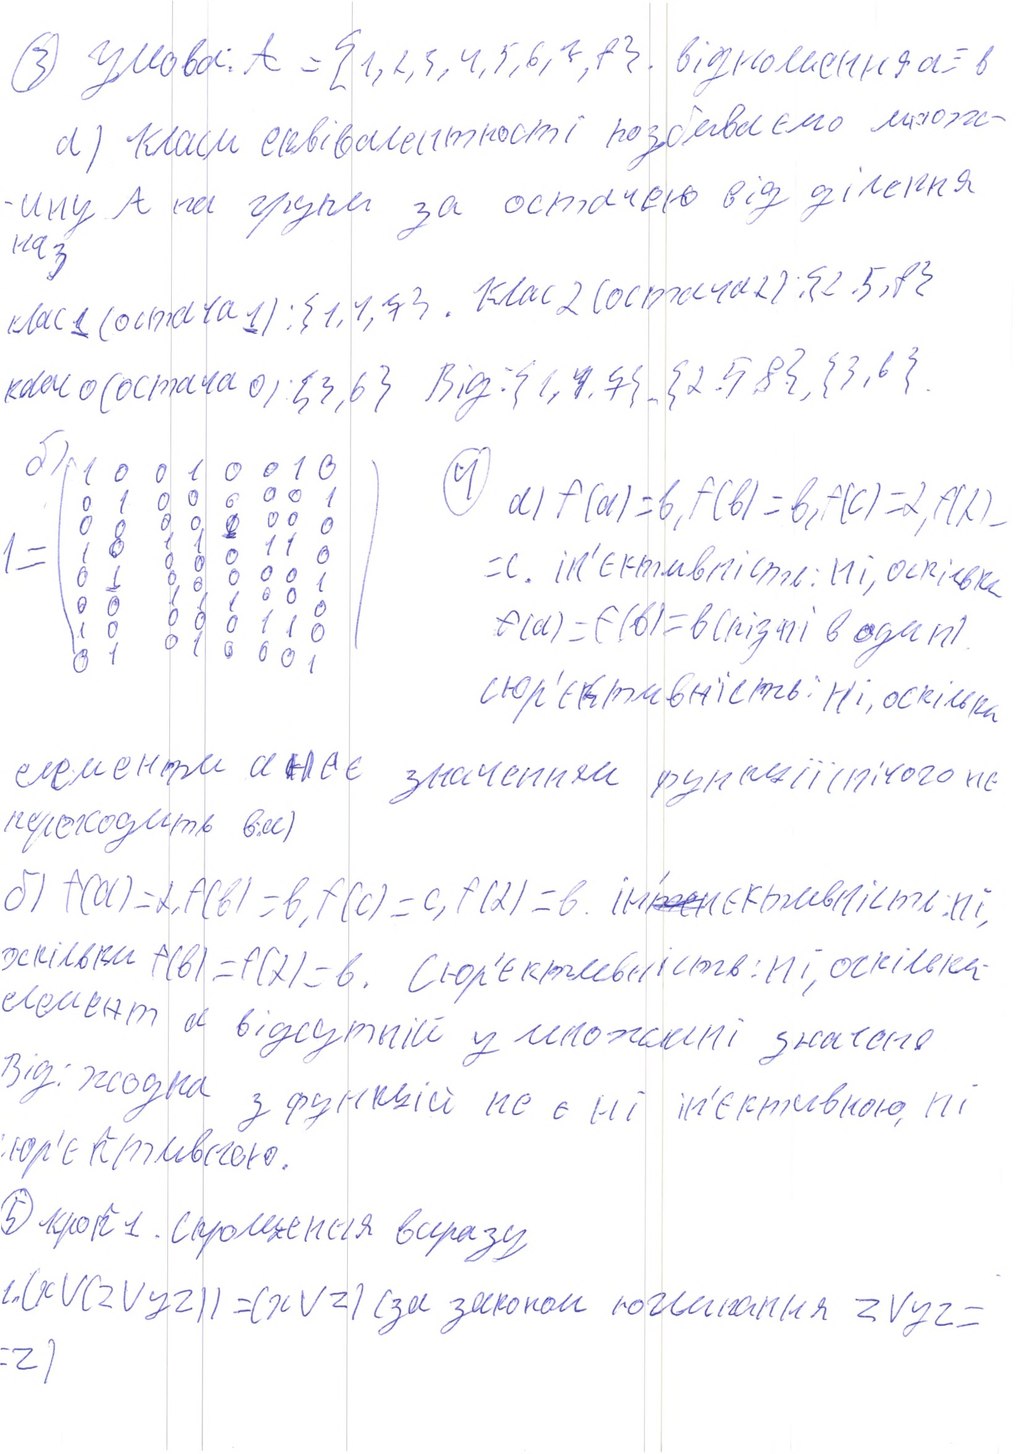
3) Умова: A = {1, 2, 3, 4, 5, 6, 7, 8}. Відхилення a = в
а) класи еквівалентності розбиваємо множ-
-ину А на групи за остачею від ділення наз
клас 1 (остача 1): {1, 4, 7}. клас 2 (остача 2): {2, 5, 8}
клас 0 (остача 0), { 3, 6 }   Від { 1, 4, 7},  { 2, 5, 8},  { 3, 6}
б) 1 = (1 0 0 0 1 0 1 0| 0 1 0 1| 0 1 0 0 0| 1 0 1 1 0 1 1 0 | 0 1 0 1| 0 0 1 1 1 0 0 0 | 1 0 1 1 0 | 0 1 0 1 0 0 0 1)
а) f(а) = в f(b) = b f(c) = х, f(х) -
= с. ін'єктивність: ні, оскільки
f (a) = f (b) = b (різні в один)
Сюр'єктивність: ні, оскільки
елементи  [Illegible]   значення функціонального не
переходить вес)
б) f (a) = х, f (b) = b, f, (c) = c, f (х) = b ін~~те~~нєктивність: ні,
оскільки f(b) = f(x) = b. Сюр'єктивність: ні, оскільки
елемент є відсутній у множинні значення
Від: жодна з функцій не є ні інтенсивною, ні
сюр'єктивною.
5) крок 1. спрощення виразу
1. (x v ( z v y z)) = ( x v z ) за законом поглинання z v y z =
= z)